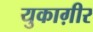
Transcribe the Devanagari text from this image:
युकाग़ीर